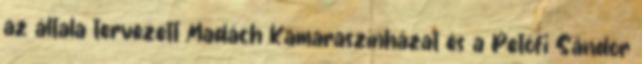
az általa tervezett Madách Kamaraszínházat és a Petőfi Sándor